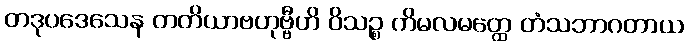
တဒုပဒေသေန တတိယာဗဟုဗ္ဗီဟိ ဝိသဉ္စ ကိမလမတ္ထေ တံသဘာဂတာယ